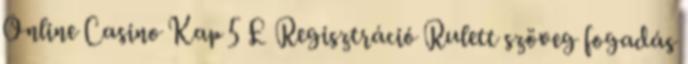
Online Casino Kap 5 £ Regisztráció Rulett szöveg fogadás